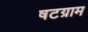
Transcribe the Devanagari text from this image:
षटग्राम